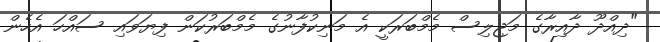
"ދިއްދޫ ދާއިރާގެ މަޖިލިސް މެމްބަރަކީ އެ މަނިކުފާނުގެ މެމްބަރުކަން ފިޔަވައި ސައްހަ އެހެން